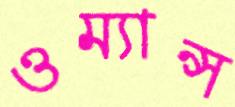
ওম্যান্স